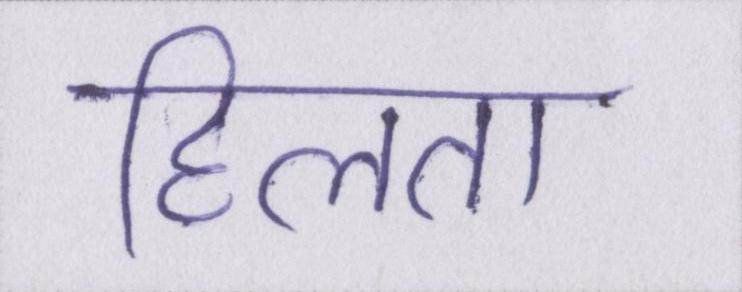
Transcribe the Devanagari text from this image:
हिलता